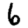
Digit: 6